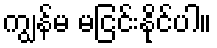
ကျွန်မ မငြင်းနိုင်ပါ။